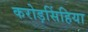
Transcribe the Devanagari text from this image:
करोड़सिंहिया